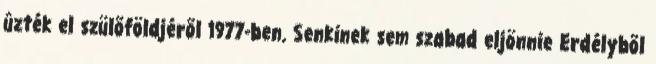
ûzték el szülõföldjérõl 1977-ben. Senkinek sem szabad eljönnie Erdélybõl